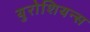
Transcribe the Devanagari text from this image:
युरोशियन्स